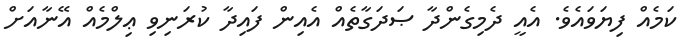
ކަމެއް ފިޔަވައެވެ. އެއީ ދެމިގެންދާ ޞަދަގާތެއް އެއިން ފައިދާ ކުރަނިވި ޢިލްމެއް އޭނާއަށް